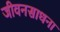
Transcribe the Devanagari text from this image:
जीवनसाधना